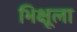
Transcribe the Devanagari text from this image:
भिक्षूला